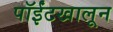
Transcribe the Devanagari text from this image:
पॉईंटखालून